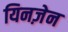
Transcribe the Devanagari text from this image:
यिनज़ेन